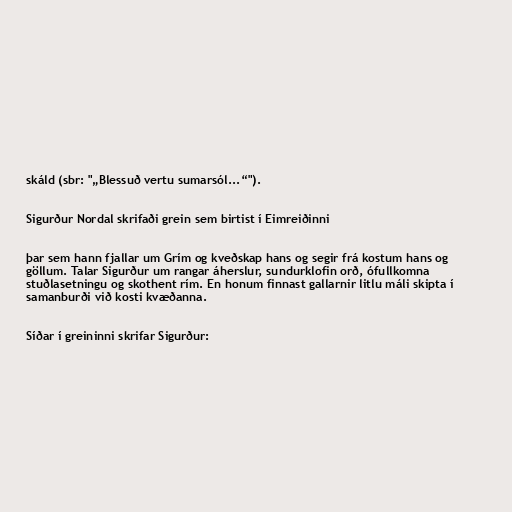
skáld (sbr: "„Blessuð vertu sumarsól...“").

Sigurður Nordal skrifaði grein sem birtist í Eimreiðinni

þar sem hann fjallar um Grím og kveðskap hans og segir frá kostum hans og
göllum. Talar Sigurður um rangar áherslur, sundurklofin orð, ófullkomna
stuðlasetningu og skothent rím. En honum finnast gallarnir litlu máli skipta í
samanburði við kosti kvæðanna.

Síðar í greininni skrifar Sigurður: